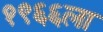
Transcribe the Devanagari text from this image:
१९६६ला